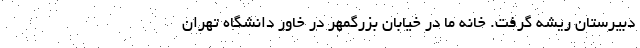
دبیرستان ریشه گرفت. خانه ما در خیابان بزرگمهر در خاور دانشگاه تهران